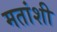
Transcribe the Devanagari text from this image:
मतांशी